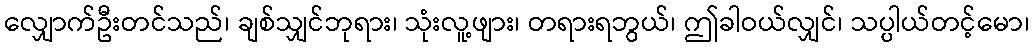
လျှောက်ဦးတင်သည်၊ ချစ်သျှင်ဘုရား၊ သုံးလူ့ဖျား၊ တရားရဘွယ်၊ ဤခါဝယ်လျှင်၊ သပ္ပါယ်တင့်မော၊